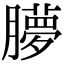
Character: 䑅